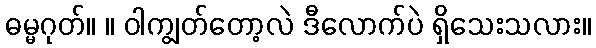
ဓမ္မဂုတ်။ ။ ဝါကျွတ်တော့လဲ ဒီလောက်ပဲ ရှိသေးသလား။